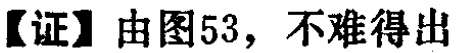
【证】由图53，不难得出